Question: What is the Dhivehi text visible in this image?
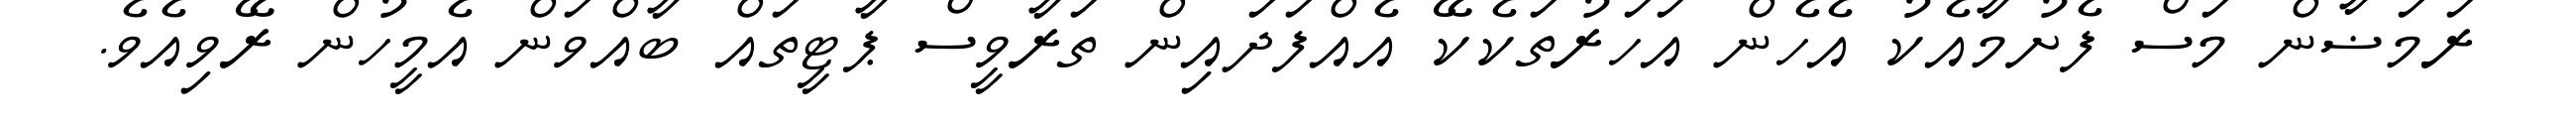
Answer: ރަމަޟާން މަސް ފެށުމާއެކު އެހެން އަހަރުތަކެކޭ އެއްފަދައިން ތަރާވީސް ޕާޓީތައް ބާއްވަން އެމީހުން ރޭވިއެވެ.